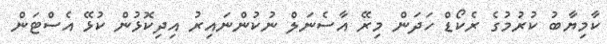
ކާމިޔާބު ކުރުމުގެ ރެކޯޑް ހަދަން މިރޭ އާސެނަލް ނުކުންނައިރު އިދިކޮޅުން ކުޅޭ އެސްޓަން